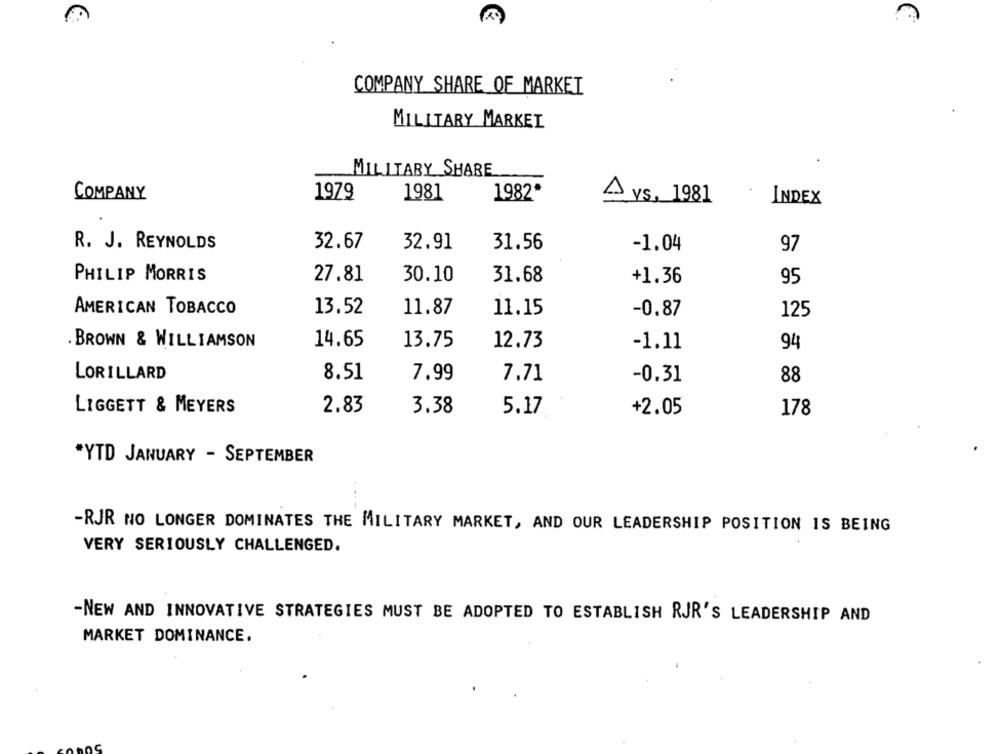
COMPANY SHARE OF MARKET
MILITARY MARKET
MILITARY SHARE
COMPANY
1979
1981
1982*
A ys, 1981
INDEX
R. J. REYNOLDS
32.67
32.91
31.56
-1.04
97
PHILIP MORRIS
27.81
30.10
31.68
+1.36
95
13.52
11.87
AMERICAN TOBACCO
11.15
-0.87
125
BROWN & WILLIAMSON
14.65
13.75
12.73
-1.11
94
LORILLARD
8.51
7.99
7.71
88
-0.31
2.83
LIGGETT & MEYERS
3.38
5.17
+2.05
178
*YTD JANUARY - SEPTEMBER
-RJR NO LONGER DOMINATES THE MILITARY MARKET, AND OUR LEADERSHIP POSITION IS BEING
VERY SERIOUSLY CHALLENGED.
-NEW AND INNOVATIVE STRATEGIES MUST BE ADOPTED TO ESTABLISH RJR'S LEADERSHIP AND
MARKET DOMINANCE.